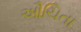
ઔચિતા